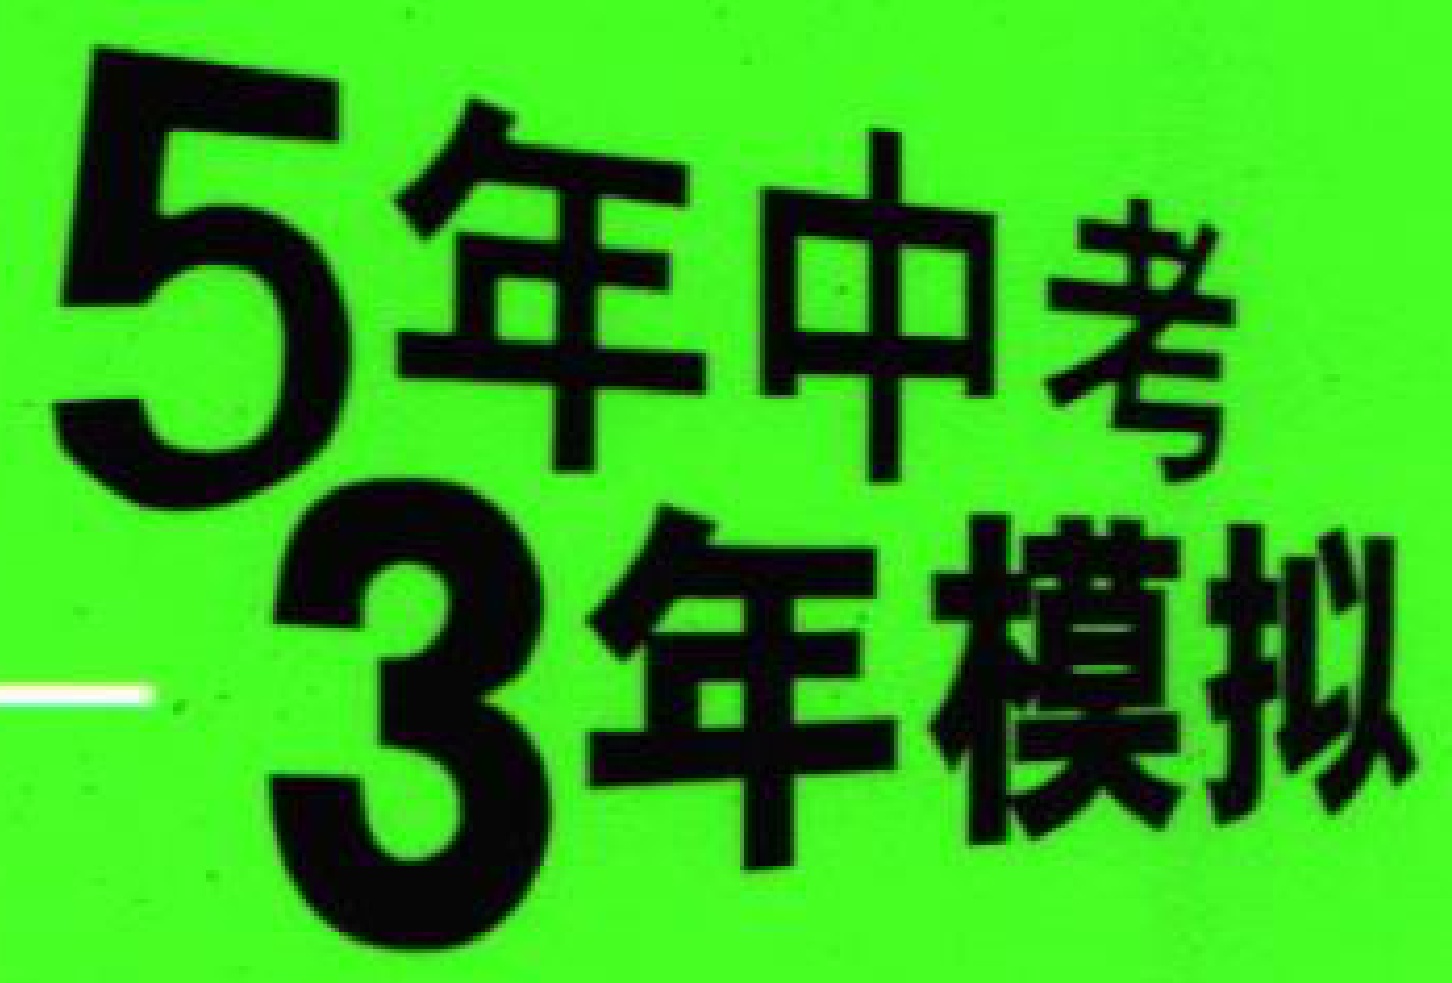
5年中考3年模拟